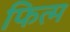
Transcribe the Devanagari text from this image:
फित्म